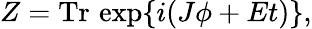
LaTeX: Z=\mathrm{Tr}\, \exp\{ i(J\phi+Et)\} ,